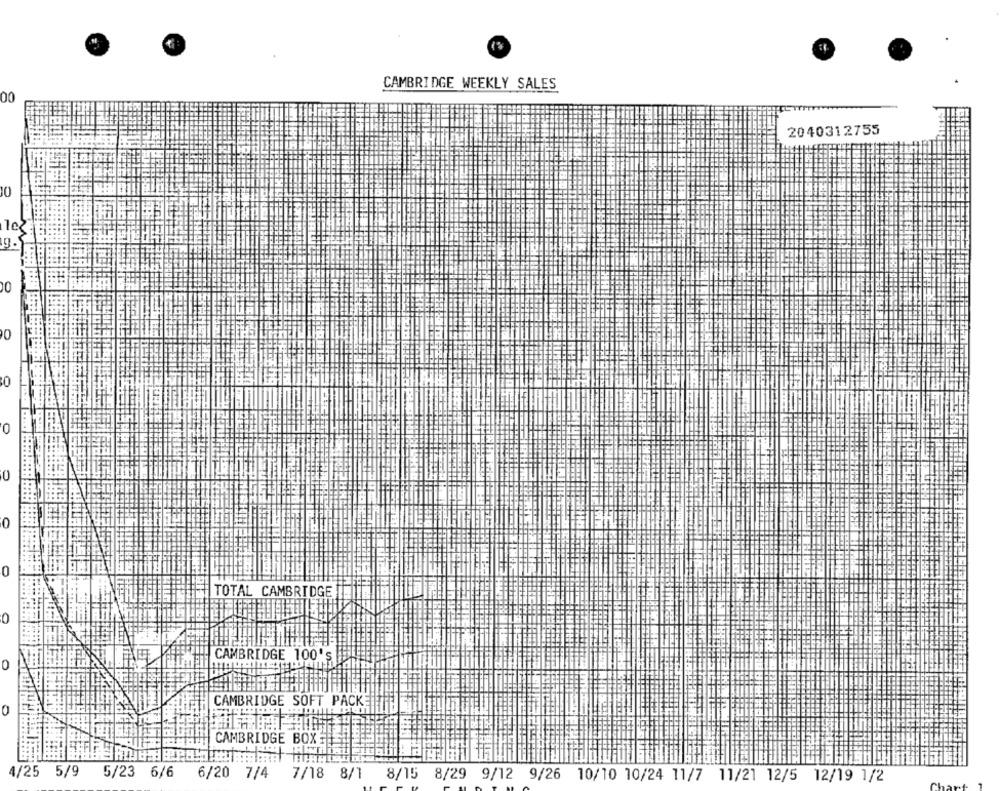
CAMBRIDGE WEEKLY SALES
00
2040312755
10
g.
00
0
0
0
0
0
0
TOTAL CAMBRIDGE
0
CAMBRIDGE 100's
CAMBRIDGE SOFT PACKE
0
CAMBRIDGE BOX
4/25
5/9
5/23 6/6
6/20 7/4
7/18 8/1 8/15 8/29 9/12 9/26 10/10 10/24 11/7 11/21 12/5 12/19 1/2